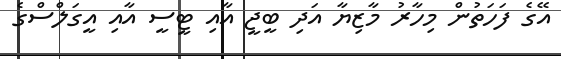
އޭގެ ފަހަތުން މިހާރު މާޒިޔާ އަދި ބީޖީ އާއި ޓީސީ އާއި އީގަލްސްގެ